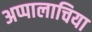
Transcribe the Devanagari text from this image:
अप्पालाचिया